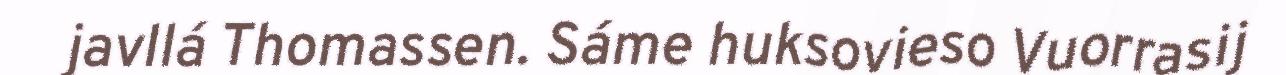
javllá Thomassen. Sáme huksovieso Vuorrasij